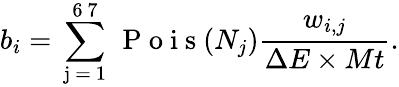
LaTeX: b_{i}=\sum_{\mathrm{~j~=~1~}}^{\mathrm{~6~7~}}\mathrm{~P~o~i~s~}(N_{j})\frac{w_{i,j}}{\Delta E\times Mt}.